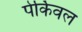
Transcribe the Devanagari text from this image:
पेर्किवल